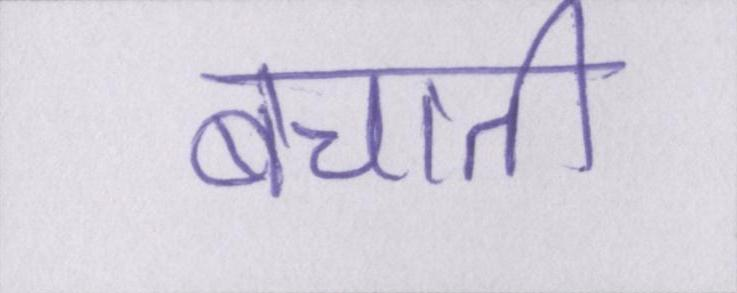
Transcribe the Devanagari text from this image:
बचाती